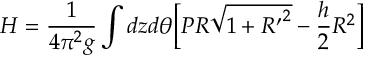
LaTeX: H = \frac { 1 } { 4 \pi ^ { 2 } g } \int d z d \theta \bigg [ P R \sqrt { 1 + { R ^ { \prime } } ^ { 2 } } - \frac { h } { 2 } R ^ { 2 } \bigg ]